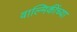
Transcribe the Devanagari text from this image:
वाल्मिकींच्या